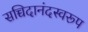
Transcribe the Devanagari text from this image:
सच्चिदानंदस्वरूप